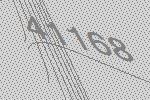
41168